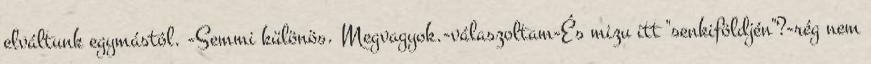
elváltunk egymástól. -Semmi különös. Megvagyok.-válaszoltam-És mizu itt "senkiföldjén"?-rég nem